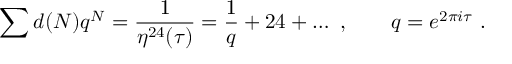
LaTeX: \sum d ( N ) q ^ { N } = \frac { 1 } { \eta ^ { 2 4 } ( \tau ) } = \frac { 1 } { q } + 2 4 + \dots \ , \qquad q = e ^ { 2 \pi i \tau } \ .